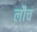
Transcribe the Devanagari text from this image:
लौच